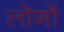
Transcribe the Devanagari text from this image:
लॊगॊं